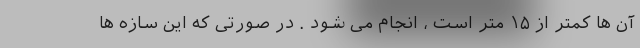
آن ها کمتر از ۱۵ متر است ، انجام می شود . در صورتی که این سازه ها